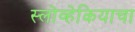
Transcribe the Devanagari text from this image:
स्लोव्हेकियाचा